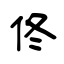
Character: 佟